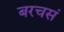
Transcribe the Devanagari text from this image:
बरचसं